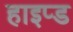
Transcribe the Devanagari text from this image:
हाइप्ड